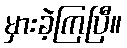
မှားခဲ့ကြပြီ။